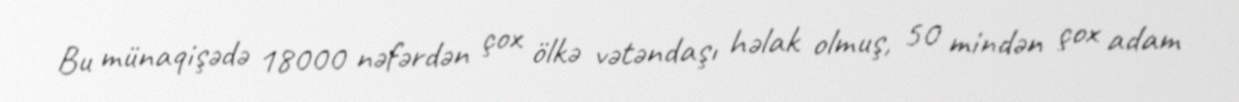
Bu münaqişədə 18000 nəfərdən çox ölkə vətəndaşı həlak olmuş, 50 mindən çox adam